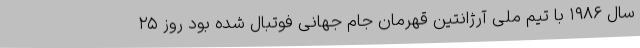
سال ۱۹۸۶ با تیم ملی آرژانتین قهرمان جام جهانی فوتبال شده بود روز ۲۵